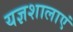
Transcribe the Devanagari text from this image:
यज्ञशालाएं